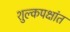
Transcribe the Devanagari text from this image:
शुल्कपक्षांत